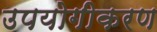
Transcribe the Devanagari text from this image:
उपयोगीकरण